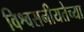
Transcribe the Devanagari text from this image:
विश्वसनीयतेच्या